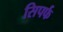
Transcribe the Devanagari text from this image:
सिपर्फ